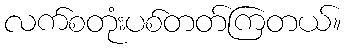
လက်စတုံးပစ်တတ်ကြတယ်။